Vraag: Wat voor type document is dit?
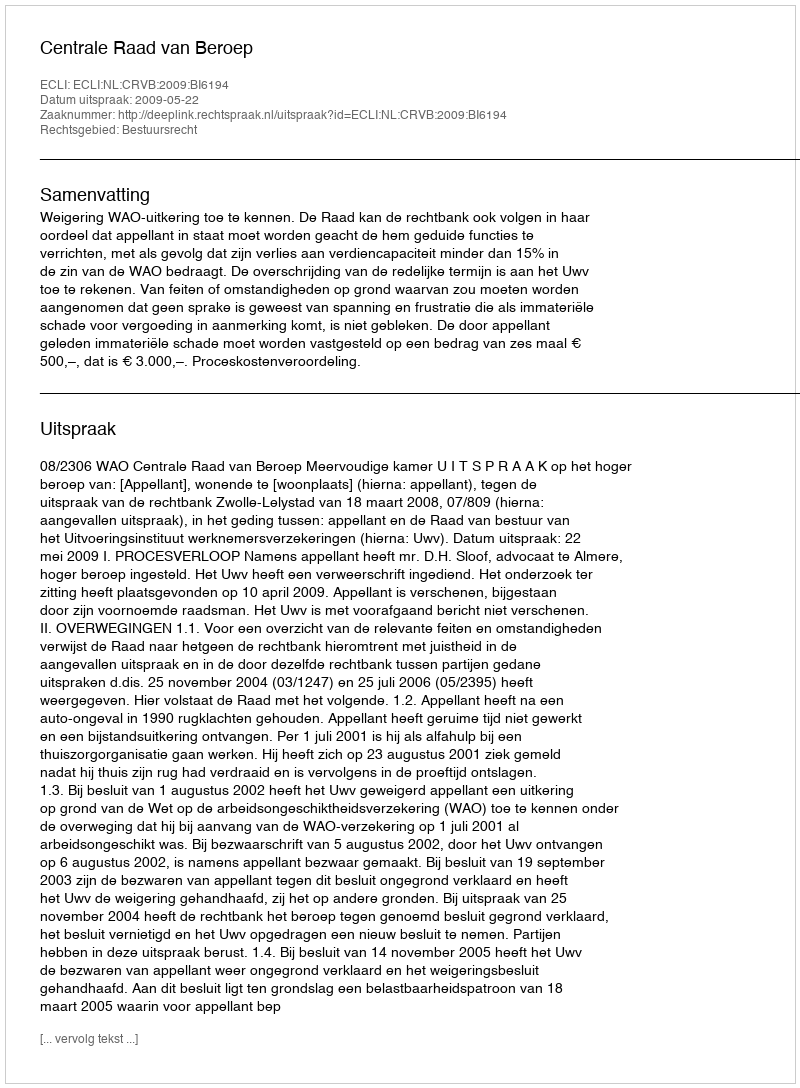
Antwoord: Uitspraak